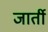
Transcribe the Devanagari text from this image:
जार्ती